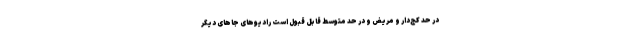
در حد کج‌دار و مریض و در حد متوسط قابل قبول است رادیوهای جاهای دیگر